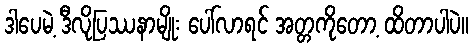
ဒါပေမဲ့ ဒီလိုပြဿနာမျိုး ပေါ်လာရင် အတ္တကိုတော့ ထိတာပါပဲ။